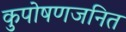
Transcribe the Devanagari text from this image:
कुपोषणजनित